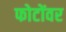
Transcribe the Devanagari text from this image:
फोटोंवर